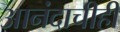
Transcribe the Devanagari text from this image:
आनंदाचीही